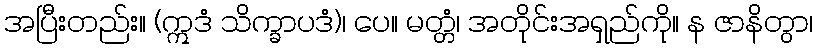
အပြီးတည်း။ (ဣဒံ သိက္ခာပဒံ)၊ ပေ။ မတ္တံ၊ အတိုင်းအရှည်ကို။ န ဇာနိတွာ၊